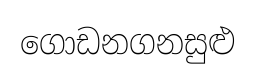
ගොඩනගනසුළු